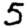
Digit: 5